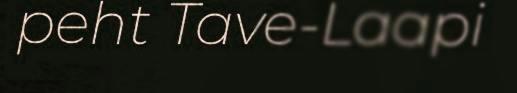
peht Tave-Laapi